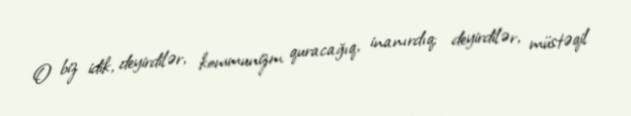
O biz idik, deyirdilər, kommunizm quracağıq, inanırdıq; deyirdilər, müstəqil